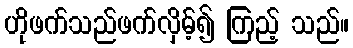
ဟိုဖက်သည်ဖက်လှိမ့်၍ ကြည့် သည်။